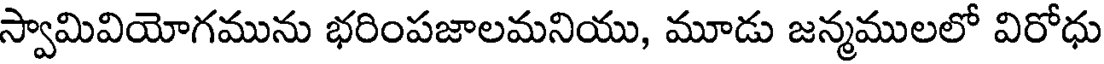
స్వామివియోగమును భరింపజాలమనియు, మూడు జన్మములలో విరోధు